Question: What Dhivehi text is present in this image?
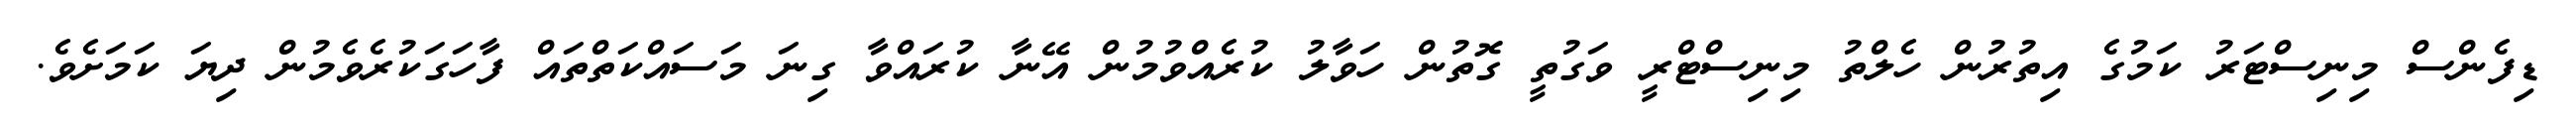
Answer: ޑިފެންސް މިނިސްޓަރު ކަމުގެ އިތުރުން ހެލްތު މިނިސްޓްރީ ވަގުތީ ގޮތުން ހަވާލު ކުރެއްވުމުން އޭނާ ކުރައްވާ ގިނަ މަސައްކަތްތައް ފާހަގަކުރެވެމުން ދިޔަ ކަމަށެވެ.